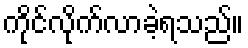
ကိုင်လိုက်လာခဲ့ရသည်။